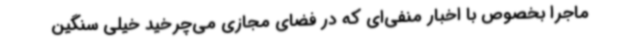
ماجرا بخصوص با اخبار منفی‌ای که در فضای مجازی می‌چرخید خیلی سنگین